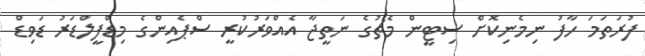
ފުރަތަމަ ހާފު ނިމެނިކޮށް ސިޓީން މެޗުގެ ނަތީޖާ އެއްވަރުކުރީ ސްޕެއިންގެ މިޑްފީލްޑަރު ޑަވިޑް